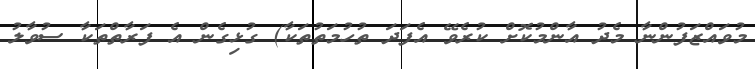
މުވައްޒަފުންނާ މެދު އާންމުކޮށް ކުރެވޭ އެފަދަ ތުހުމަތުތަކާ) ގުޅިގެން އެ ފަރާތްތަކާ ސުވާލު